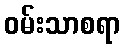
ဝမ်းသာစရာ